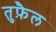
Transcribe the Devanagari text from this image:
तुफ़ैल